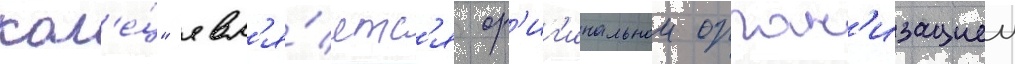
кол'е́ц" явл'я́етс'я ор'иг'инальнои орган'изациеи